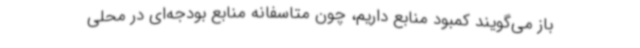
باز می‌گویند کمبود منابع داریم، چون متاسفانه منابع بودجه‌ای در محلی